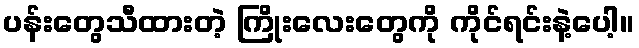
ပန်းတွေသီထားတဲ့ ကြိုးလေးတွေကို ကိုင်ရင်းနဲ့ပေါ့။